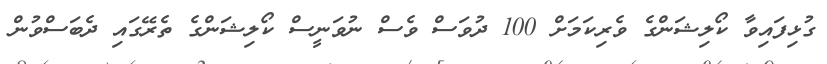
ގުޅިފައިވާ ކޯލިޝަންގެ ވެރިކަމަށް 100 ދުވަސް ވެސް ނުވަނީސް ކޯލިޝަންގެ ތެރޭގައި ދެބަސްވުން